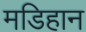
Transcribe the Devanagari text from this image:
मडिहान